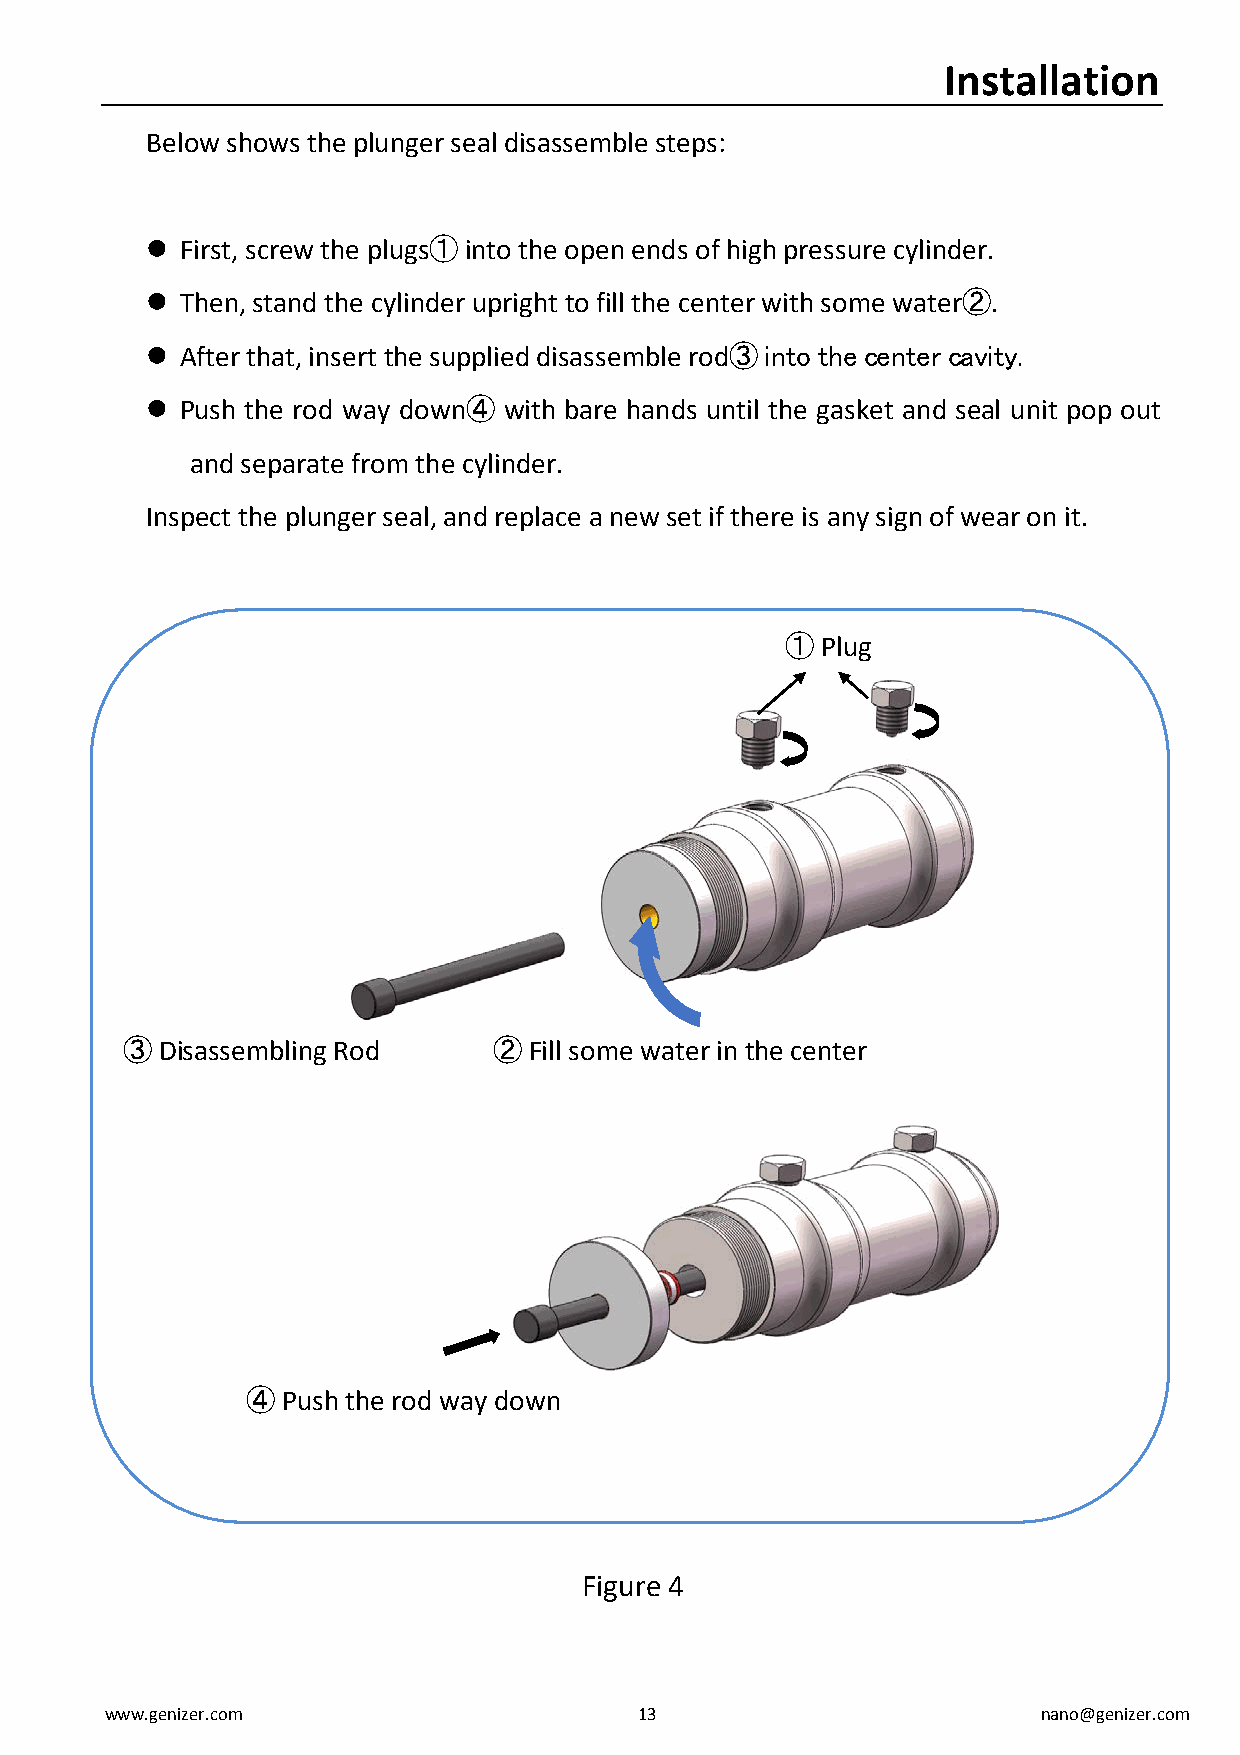
Installation
 Below shows the plunger seal disassemble steps:
  First, screw the plugs① into the open ends of high pressure cylinder.
  Then, stand the cylinder upright to fill the center with some water②.
  After that, insert the supplied disassemble rod③ into the center cavity.
  Push the rod way down④ with bare hands until the gasket and seal unit pop out
 and separate from the cylinder.
 Inspect the plunger seal, and replace a new set if there is any sign of wear on it.
 ① Plug
 ③ Disassembling Rod      ② Fill some water in the center
 ④  Push the rod way down
 Figure 4
 www.genizer.com                    13                         nano@genizer.com